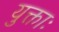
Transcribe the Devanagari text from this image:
युक्ताः